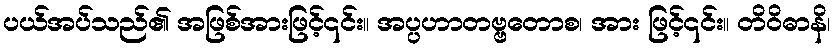
ပယ်အပ်သည်၏ အဖြစ်အားဖြင့်၎င်း။ အပ္ပဟာတဗ္ဗတောစ၊ အား ဖြင့်၎င်း။ တိဝိဓာနိ၊